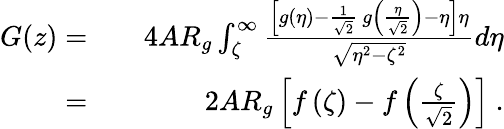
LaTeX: \begin{array}{rlr}{G(z)=}&{}&{4AR_{g}\int_{\zeta}^{\infty}\frac{\left[g(\eta)-\frac{1}{\sqrt{2}}~g\left(\frac{\eta}{\sqrt{2}}\right)-\eta\right]\eta}{\sqrt{\eta^{2}-\zeta^{2}}}d\eta}\\ {=}&{}&{2AR_{g}\left[f\left(\zeta\right)-f\left(\frac{\zeta}{\sqrt{2}}\right)\right]~.}\end{array}